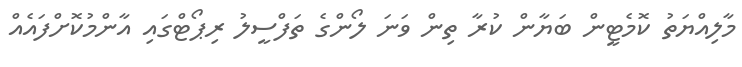
މާލިއްޔަތު ކޮމެޓީން ބަޔާން ކުރާ ތިން ވަނަ ލޯންގެ ތަފްސީލު ރިޕޯޓްގައި އާންމުކޮށްފައެއް